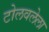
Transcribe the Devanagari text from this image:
टोलवलेला